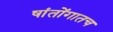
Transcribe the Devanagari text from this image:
षांतोंगातच